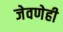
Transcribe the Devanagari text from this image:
जेवणेही